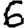
Digit: 6